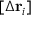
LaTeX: [ \Delta \mathbf { r } _ { i } ]